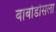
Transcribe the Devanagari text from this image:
बार्बाडोसला